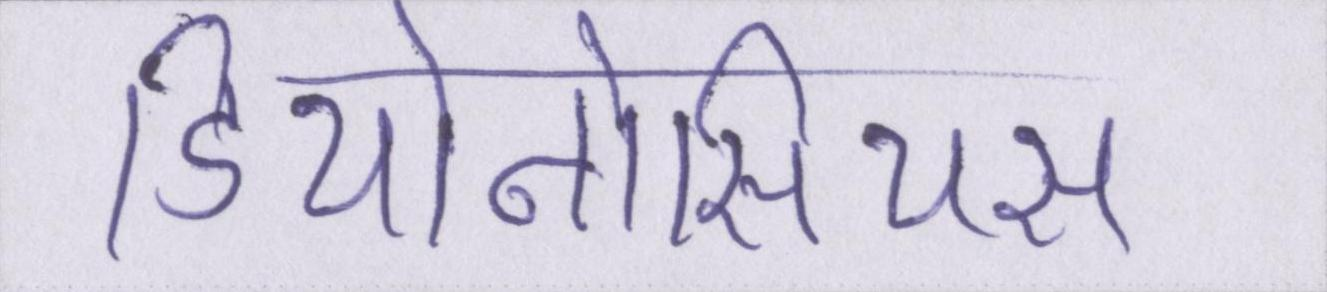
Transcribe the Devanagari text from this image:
डियोनोसियस